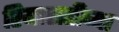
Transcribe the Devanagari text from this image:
रियासतीच्या